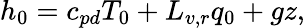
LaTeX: h_{0}=c_{pd}T_{0}+L_{v,r}q_{0}+gz,